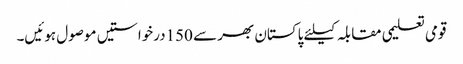
قومی تعلیمی مقابلہ کیلئے پاکستان بھر سے 150درخواستیں موصول ہوئیں۔